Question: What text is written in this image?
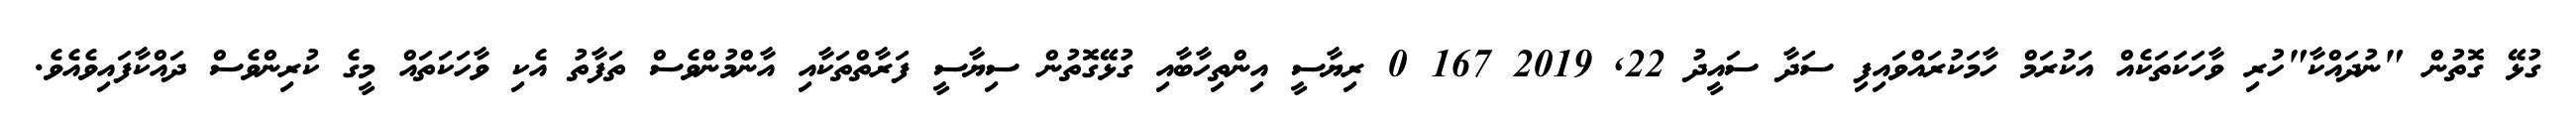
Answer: ގުޅޭ ގޮތުން "ނުދައްކާ"ހުރި ވާހަކަތަކެއް އަކުރަމް ހާމަކުރައްވައިފި ސަދާ ސައީދު 22, 2019 167 0 ރިޔާސީ އިންތިހާބާއި ގުޅޭގޮތުން ސިޔާސީ ފަރާތްތަކާއި އާންމުންވެސް ތަފާތު އެކި ވާހަކަތައް މީގެ ކުރިންވެސް ދައްކާފައިވެއެވެ.